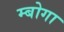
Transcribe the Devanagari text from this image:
म्बोगा